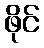
ဖိုင်